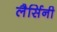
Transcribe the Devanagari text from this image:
लैर्सिनी